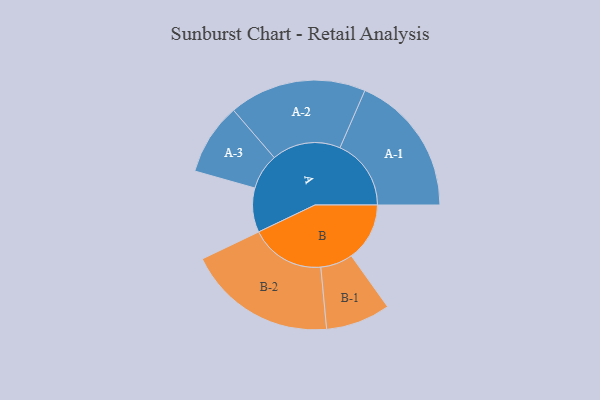
{"axis": {"x": "Segment", "y": "Value"}, "legend": ["", "A", "B"], "data": [{"x": "A", "y": 148, "type": ""}, {"x": "B", "y": 195, "type": ""}, {"x": "A-1", "y": 238, "type": "A"}, {"x": "A-2", "y": 230, "type": "A"}, {"x": "A-3", "y": 120, "type": "A"}, {"x": "B-1", "y": 108, "type": "B"}, {"x": "B-2", "y": 250, "type": "B"}]}